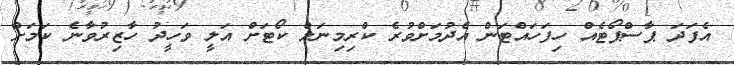
އެފަދަ ޕާސްޕޯޓެއް ހިފަހައްޓަން އެދުމަށްވުރެ ކްރިމިނަލް ކޯޓަށް އަލީ ވަހީދު ހާޒިރުވާނެ ކަމަށް